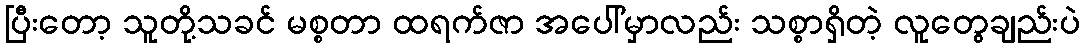
ပြီးတော့ သူတို့သခင် မစ္စတာ ထရက်ဇာ အပေါ်မှာလည်း သစ္စာရှိတဲ့ လူတွေချည်းပဲ